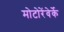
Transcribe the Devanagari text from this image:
मोटोरेंवेर्के